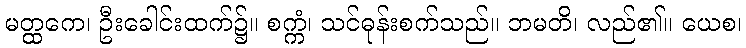
မတ္ထကေ၊ ဦးခေါင်းထက်၌။ စက္ကံ၊ သင်ဓုန်းစက်သည်။ ဘမတိ၊ လည်၏။ ယေစ၊